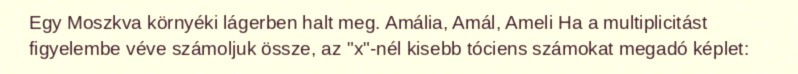
Egy Moszkva környéki lágerben halt meg. Amália, Amál, Ameli Ha a multiplicitást figyelembe véve számoljuk össze, az "x"-nél kisebb tóciens számokat megadó képlet: